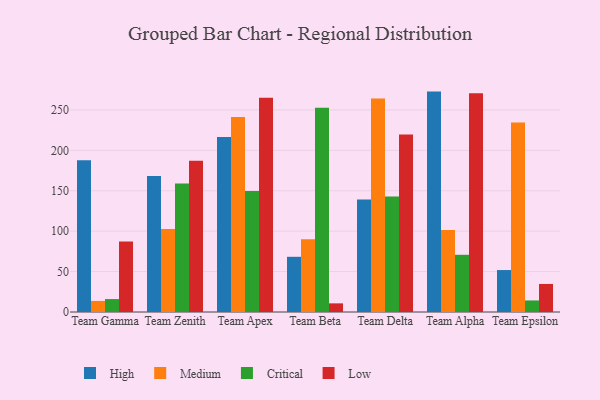
{"axis": {"x": "Team", "y": "Budget (USD K)"}, "legend": ["Critical", "High", "Low", "Medium"], "data": [{"x": "Team Gamma", "y": 187.8, "type": "High"}, {"x": "Team Gamma", "y": 13.7, "type": "Medium"}, {"x": "Team Gamma", "y": 16.0, "type": "Critical"}, {"x": "Team Gamma", "y": 87.3, "type": "Low"}, {"x": "Team Zenith", "y": 168.4, "type": "High"}, {"x": "Team Zenith", "y": 102.8, "type": "Medium"}, {"x": "Team Zenith", "y": 159.0, "type": "Critical"}, {"x": "Team Zenith", "y": 187.0, "type": "Low"}, {"x": "Team Apex", "y": 216.6, "type": "High"}, {"x": "Team Apex", "y": 241.4, "type": "Medium"}, {"x": "Team Apex", "y": 149.8, "type": "Critical"}, {"x": "Team Apex", "y": 265.2, "type": "Low"}, {"x": "Team Beta", "y": 68.3, "type": "High"}, {"x": "Team Beta", "y": 89.9, "type": "Medium"}, {"x": "Team Beta", "y": 252.6, "type": "Critical"}, {"x": "Team Beta", "y": 10.7, "type": "Low"}, {"x": "Team Delta", "y": 139.1, "type": "High"}, {"x": "Team Delta", "y": 264.3, "type": "Medium"}, {"x": "Team Delta", "y": 143.0, "type": "Critical"}, {"x": "Team Delta", "y": 219.5, "type": "Low"}, {"x": "Team Alpha", "y": 272.7, "type": "High"}, {"x": "Team Alpha", "y": 101.4, "type": "Medium"}, {"x": "Team Alpha", "y": 70.8, "type": "Critical"}, {"x": "Team Alpha", "y": 270.8, "type": "Low"}, {"x": "Team Epsilon", "y": 51.9, "type": "High"}, {"x": "Team Epsilon", "y": 234.5, "type": "Medium"}, {"x": "Team Epsilon", "y": 14.3, "type": "Critical"}, {"x": "Team Epsilon", "y": 34.7, "type": "Low"}]}